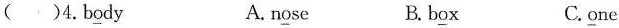
( )4.B\underline{o}dy A. n\underline{o}se B.b\underline{o}x C.\underline{o}ne